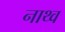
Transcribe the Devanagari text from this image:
नाथ्व